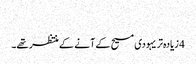
‏
4 زیادہ‌تر یہودی مسیح کے آنے کے منتظر تھے۔